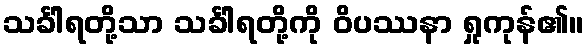
သင်္ခါရတို့သာ သင်္ခါရတို့ကို ဝိပဿနာ ရှုကုန်၏။